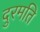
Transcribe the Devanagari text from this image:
दुरमति